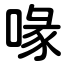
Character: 喙